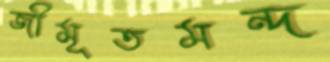
জীমূতমন্দ